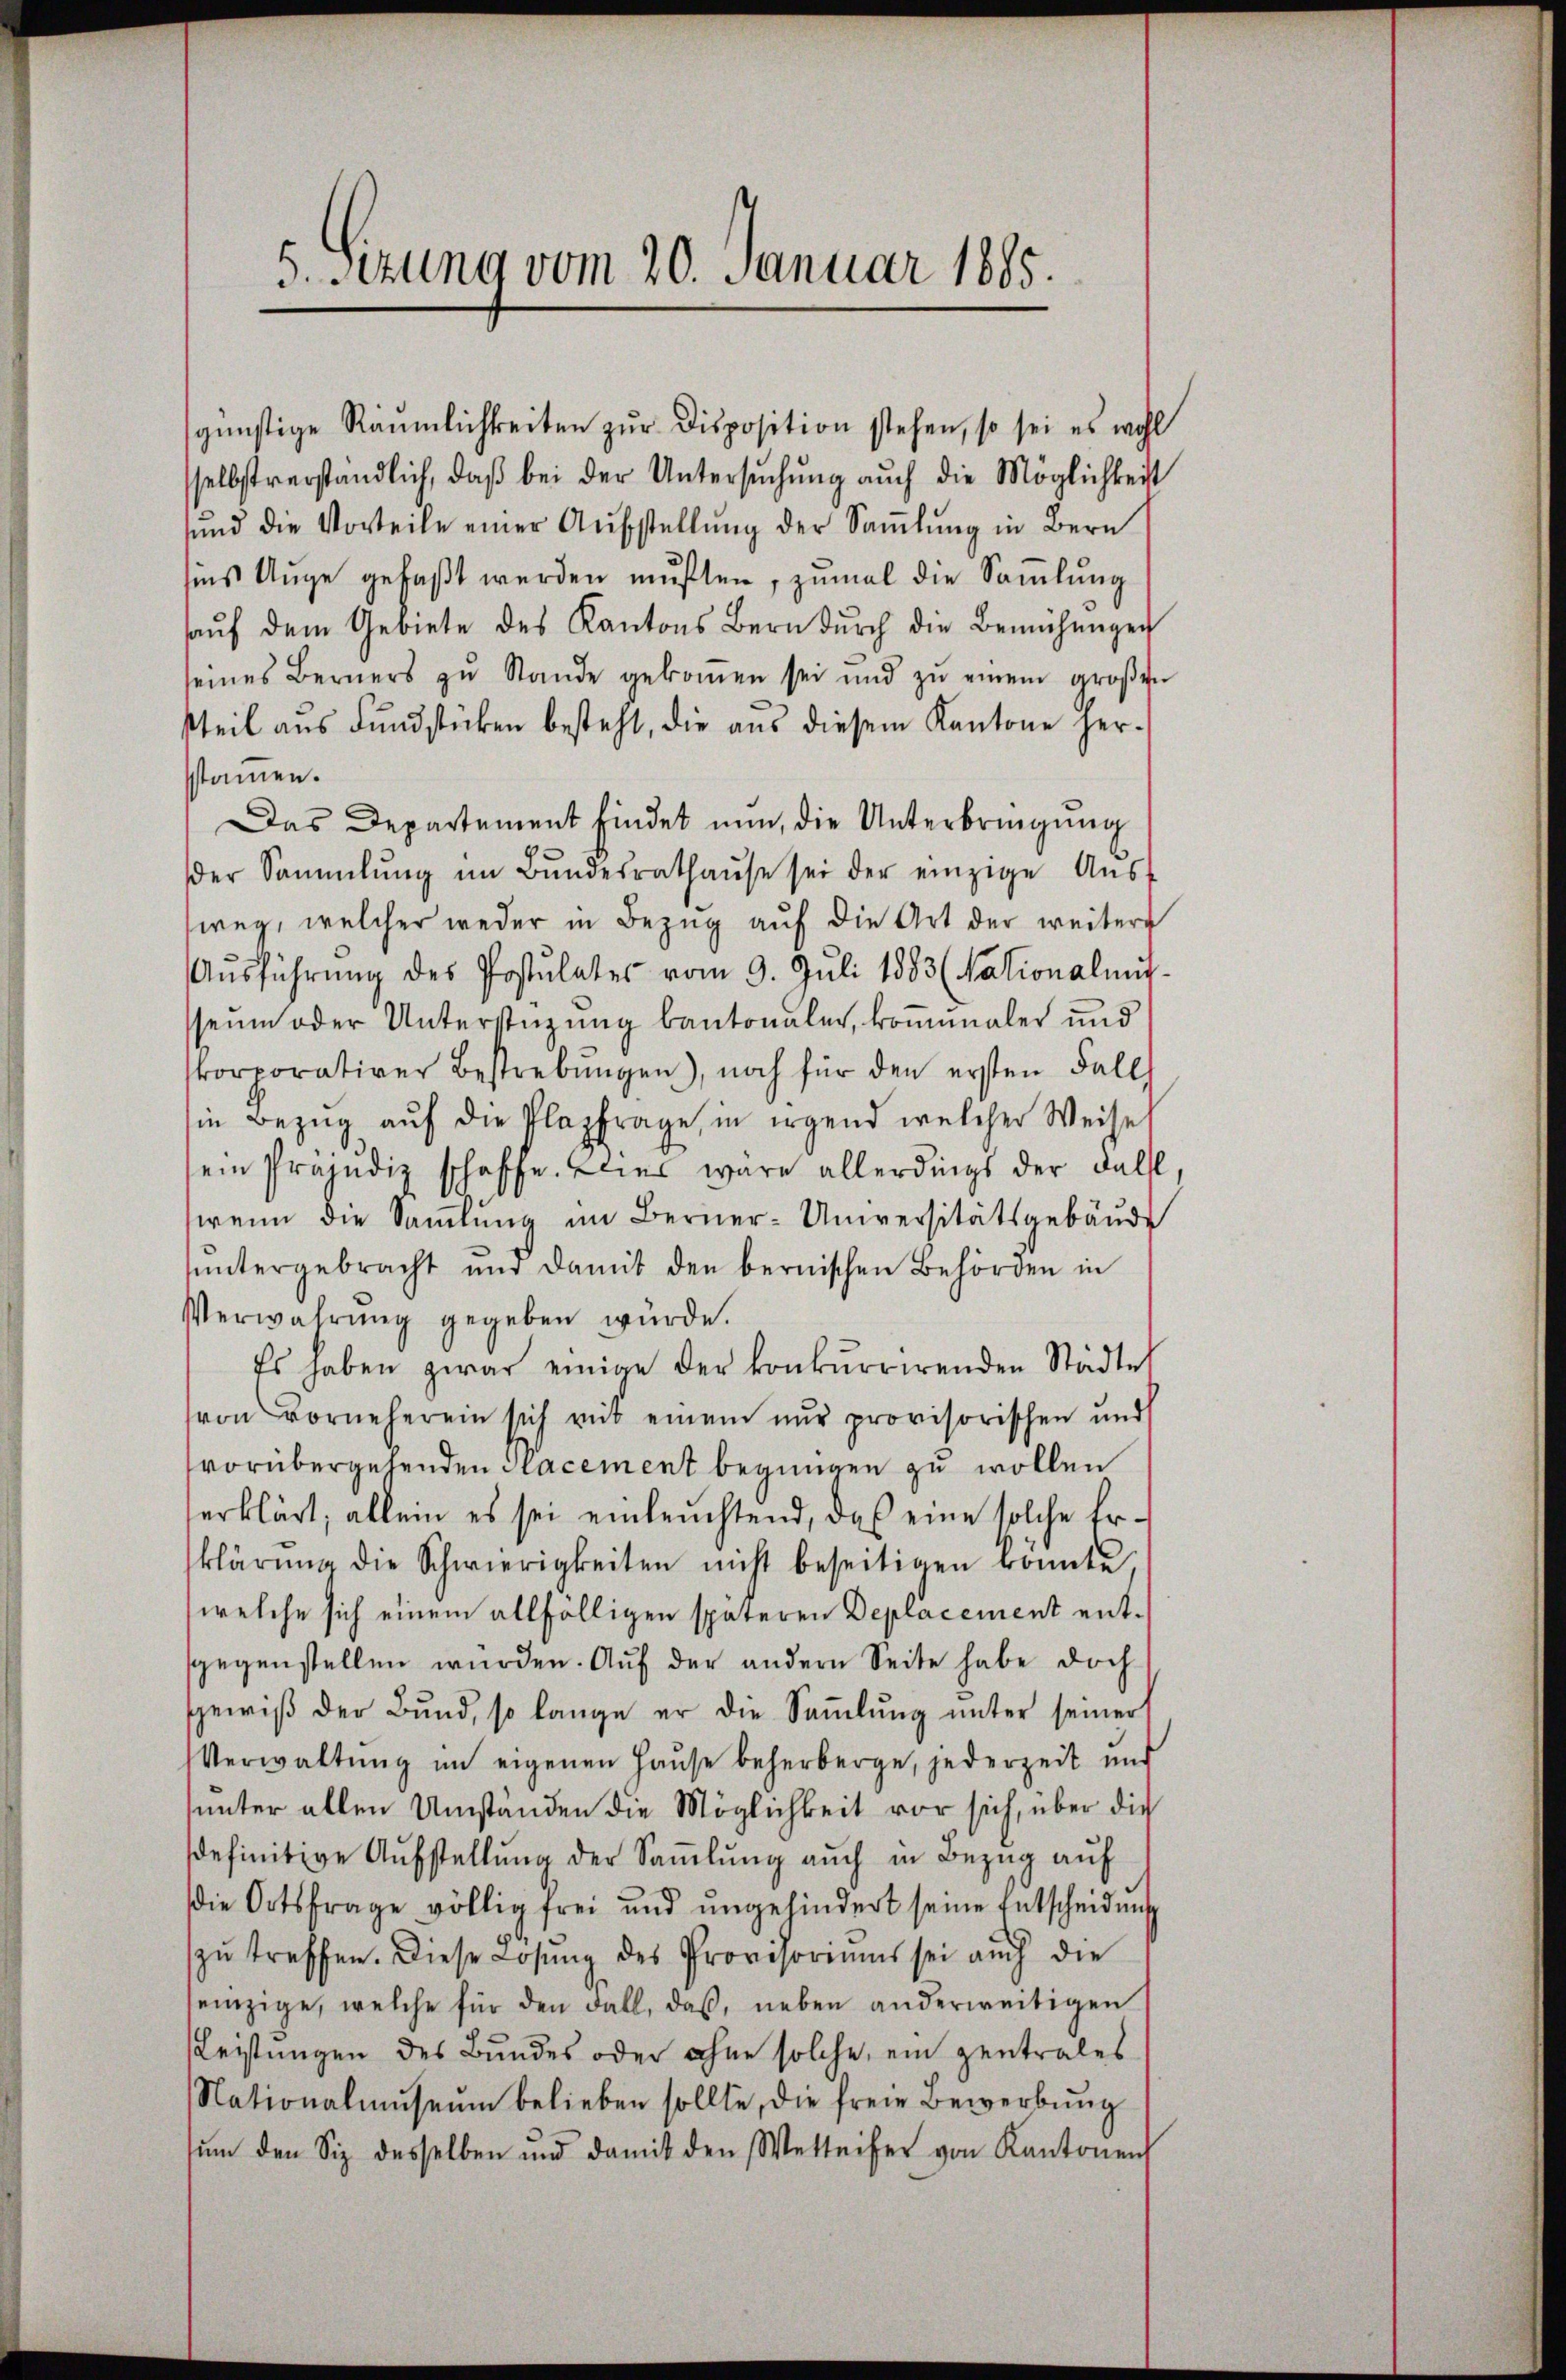
5. Sizung vom 20. Januar 1885.

günstige Räumlichkeiten zur Disposition stehen, so sei es wohl
selbstverständlich, daβ bei der Untersŭchŭng auch die Möglichkeit
sund die Vorteile einer Aŭfstellŭng der Saṁlŭng in Bern
sins Auge gefaßt werden mußten, zumal die Sammlung
haŭf dem Gebiete des Kantons Bern dŭrch die Bemühŭngen
seines Berners zŭ Stande gekommen sei und zŭ einem groβen
stteil ans Fŭndstücken besteht, die aŭs diesem Kantone her-
stammen.
Das Departement findet nun, die Unterbringung
der Sammlung im Bŭndesrathaŭse sei der einzige Aŭs-
weg, welcher weder in Bezug auf die Art der weitere
Aŭsführung des Postulates vom 9. Juli 1883 (Nationalmit
seum oder Unterstüzung kantonaler, komunaler und
skorporativer Bestrebŭngen, noch für den ersten Fall
sie Bezug auf die Plazfrage, in irgend welcher Weise
sein Präjudiz schaffe. Dies wäre allerdings der Fall,
wenn die Samlung im Berner-Universitätsgebäŭde
untergebracht und damit den bernischen Behörden in
Verwahrung gegeben würde.
Es haben zwar einige der konkurrirenden Städte
von vorneherein sich mit einem nur provisorischen und
vorübergehenden Pacement begingen zu wollen
erklärt, allein es sei einleuchtend, das eine solche Erklärŭng die Schwierigkeiten nicht beseitigen konnte.
welche sich einem allfälligen späteren Deplacement entsgegenstellen würden. Auf der andern Seite habe doch
ewiβ der Bund, so lange er die Saṁlŭng ŭnter seiner
Verwaltŭng im eigenen Hause beherberge, jederzeit und
ŭnter allen Umständen die Möglichkeit vor sich, über die
sdefinitive Aufstellung der Samlung auch in Bezug auf
die Ortsfrage völlig frei und ŭngehindert seine Entscheidung
zŭ treffen. Diese Losung des Provisoriums sei aŭch die
einzige, welche für den Fall, daß, neben anderweitigen
Leistungen des Bundes oder ohne solche ein zentrales
Nationalmuseum belieben sollte, die freie Bewerbung
sŭm den Siz desselben und damit den Wetteifer von Kantonen